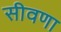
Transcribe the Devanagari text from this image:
सीवणा